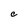
Character: C